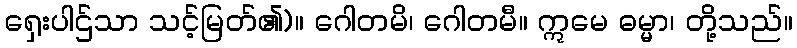
ရှေးပါဌ်သာ သင့်မြတ်၏)။ ဂေါတမိ၊ ဂေါတမီ။ ဣမေ ဓမ္မာ၊ တို့သည်။